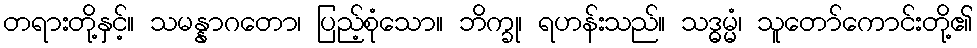
တရားတို့နှင့်။ သမန္နာဂတော၊ ပြည့်စုံသော။ ဘိက္ခု၊ ရဟန်းသည်။ သဒ္ဓမ္မံ၊ သူတော်ကောင်းတို့၏